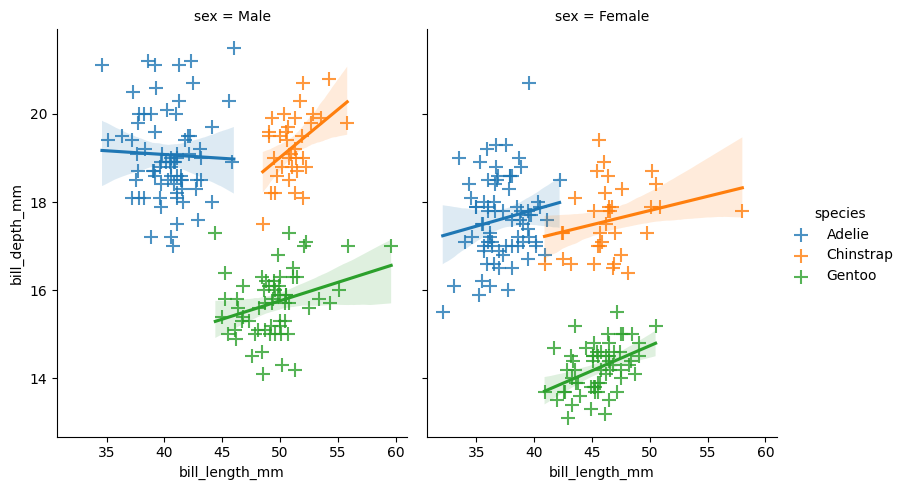
python, seaborn, lmplot, aspect=0.8, order=1, markers='+'